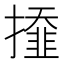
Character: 𢶍